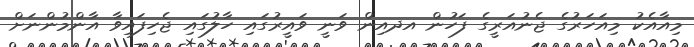
މިއާއެކު މިއަހަރުގެ ޖެނުއަރީގެ ފަހުން އދއިން ވަނީ ވައީރުގައި ހާލުގައި ޖެހިފައިވާ އާންމުންނަށް